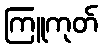
ကြူကုတ်